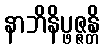
နာဘိနိပ္ဖဇ္ဇန္တိ